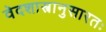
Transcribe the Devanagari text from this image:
वेदशास्त्रानुसारतः